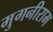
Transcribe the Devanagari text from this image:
मुगनीराम